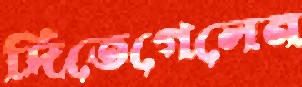
দিতেগেলেন